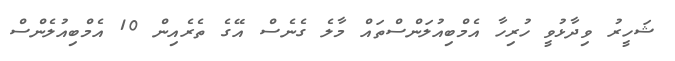
ޝަހީރު ވިދާޅުވީ ހުރިހާ އެމްބިއުލަންސްތައް މާލެ ގެނެސް އޭގެ ތެރެއިން 10 އެމްބިއުލެންސް